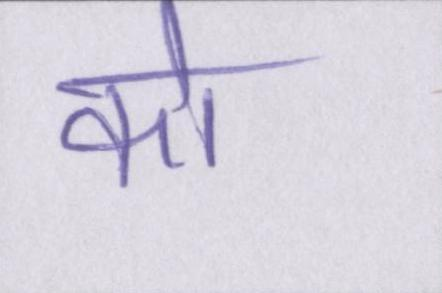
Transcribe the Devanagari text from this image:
को